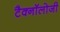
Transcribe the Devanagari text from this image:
टैक्नॉलोजी